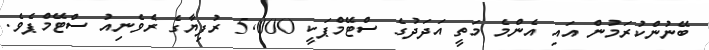
ބޭނުންކުރަމުން އައި އެންމެ މަތީ އަދަދުގެ ސްޓޭމްޕަކީ 5